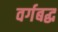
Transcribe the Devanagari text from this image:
वर्गबद्ध